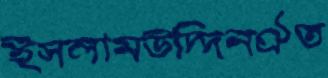
ইসলামউদ্দিনঐত